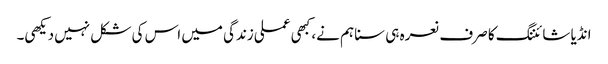
انڈیا شائننگ کا صرف نعرہ ہی سنا ہم نے، کبھی عملی زندگی میں اس کی شکل نہیں دیکھی۔